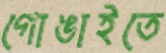
গোঙাইতে